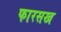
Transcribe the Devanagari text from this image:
फारसख